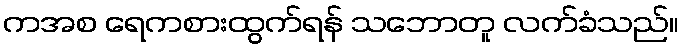
ကအစ ရေကစားထွက်ရန် သဘောတူ လက်ခံသည်။